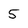
Character: 5